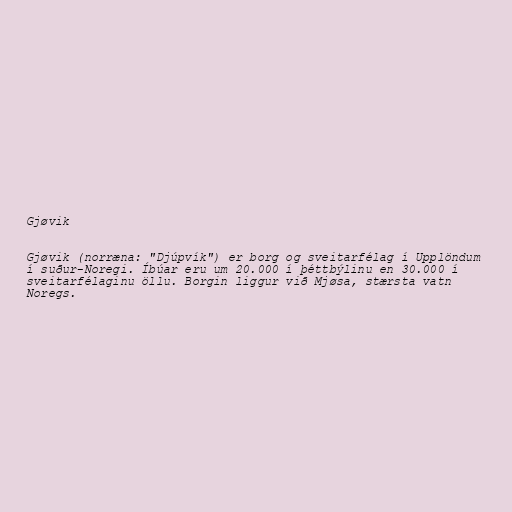
Gjøvik

Gjøvik (norræna: "Djúpvík") er borg og sveitarfélag í Upplöndum
í suður-Noregi. Íbúar eru um 20.000 í þéttbýlinu en 30.000 í
sveitarfélaginu öllu. Borgin liggur við Mjøsa, stærsta vatn
Noregs.